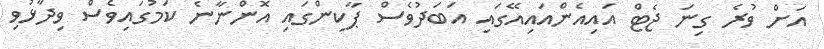
އަށް ވުރެ ގިނަ ޖެޓް އައިއެންއައިއޭގައި އަބަދުވެސް ޕާކިންގައި އޮންނާނެ ކަމުގައިވެސް ވިދާޅުވި